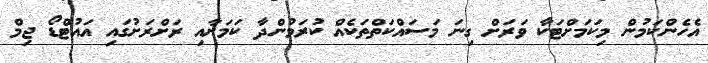
އެހެންކަމުން މިކަމަށްޓަކާ ވަރަށް ގިނަ މަސައްކަތްތަކެއް ކުރަމުންދާ ކަމަށާއި ރަށްރަށުގައި އައުޓްޑޯ ޖިމް